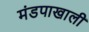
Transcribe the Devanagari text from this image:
मंडपाखाली